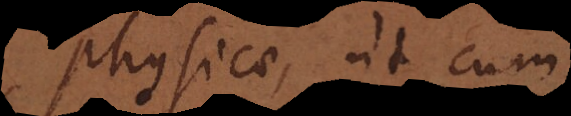
physicae, ut cum